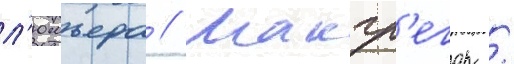
л'юмьера // Макгр'егор /